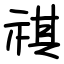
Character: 祺